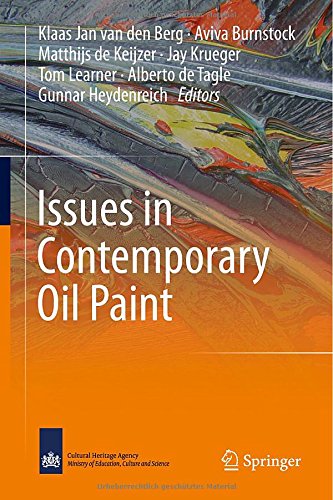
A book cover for Issues in Contemporary Oil Paint; Klaas Jan van den Berg; Science & Math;